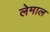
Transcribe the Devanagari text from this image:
लेमाल